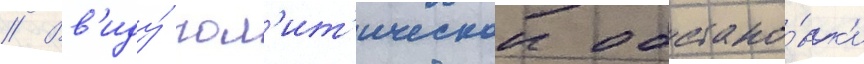
// Вв'иду́ пол'ит'ическои обстано́вк'и